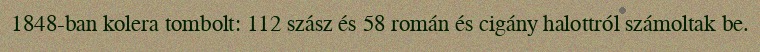
1848-ban kolera tombolt: 112 szász és 58 román és cigány halottról számoltak be.